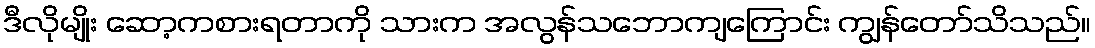
ဒီလိုမျိုး ဆော့ကစားရတာကို သားက အလွန်သဘောကျကြောင်း ကျွန်တော်သိသည်။